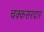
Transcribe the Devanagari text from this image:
चक्कसरदार